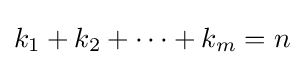
k_{1}+k_{2}+\cdots +k_{m}=n